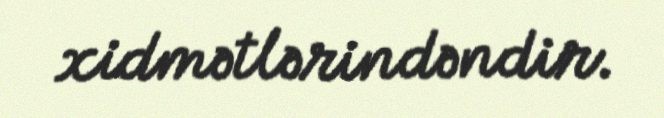
xidmətlərindəndir.